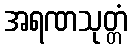
အရဏသုတ္တံ